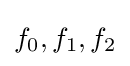
f_{0},f_{1},f_{2}